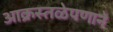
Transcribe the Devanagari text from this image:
आक्रस्तळेपणाने